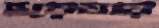
হয়েযায়